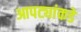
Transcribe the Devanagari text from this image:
आपट्यांकडे